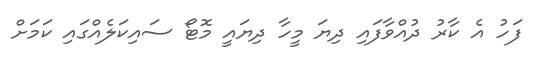
ފަހު އެ ކާރު ދުއްވާފައި ދިޔަ މީހާ ދިޔައީ މޮޓޯ ސައިކަލެއްގައި ކަމަށް